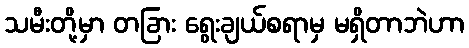
သမီးတို့မှာ တခြား ရွေးချယ်စရာမှ မရှိတာဘဲဟာ